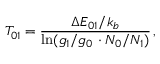
T _ { 0 1 } = \frac { \Delta E _ { 0 1 } / k _ { b } } { \ln ( g _ { 1 } / g _ { 0 } \, \cdot N _ { 0 } / N _ { 1 } ) } \, ,